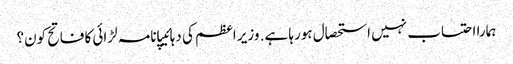
ہمارا احتساب نہیں استحصال ہورہا ہے. وزیر اعظم کی دہائیپانامہ لڑائی کا فاتح کون؟